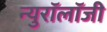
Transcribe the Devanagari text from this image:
न्युरॉलॉजी